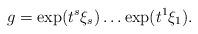
LaTeX: \begin{align*}g=\exp(t^{s}\xi_{s})\dots \exp(t^{1}\xi_1).\end{align*}